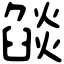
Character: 燄